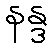
နန္ဒ